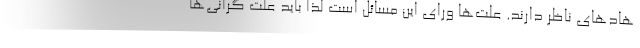
هادهای ناظر دارند. علت‌ها ورای این مسائل است لذا باید علت گرانی‌ها